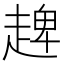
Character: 𧼠